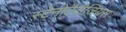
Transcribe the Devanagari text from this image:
स्टेनोटैरीजियस